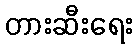
တားဆီးရေး